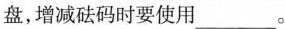
盘，增减砝码时要使用___。